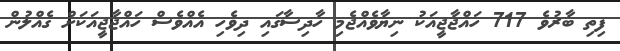
ފިތި ބާރުވެ 717 ހައްޖާޖީއަކު ނިޔާވެއްޖެމި ހާދިސާގައި ދިވެހި އެއްވެސް ހައްޖާޖީއަކަށް ގެއްލުން